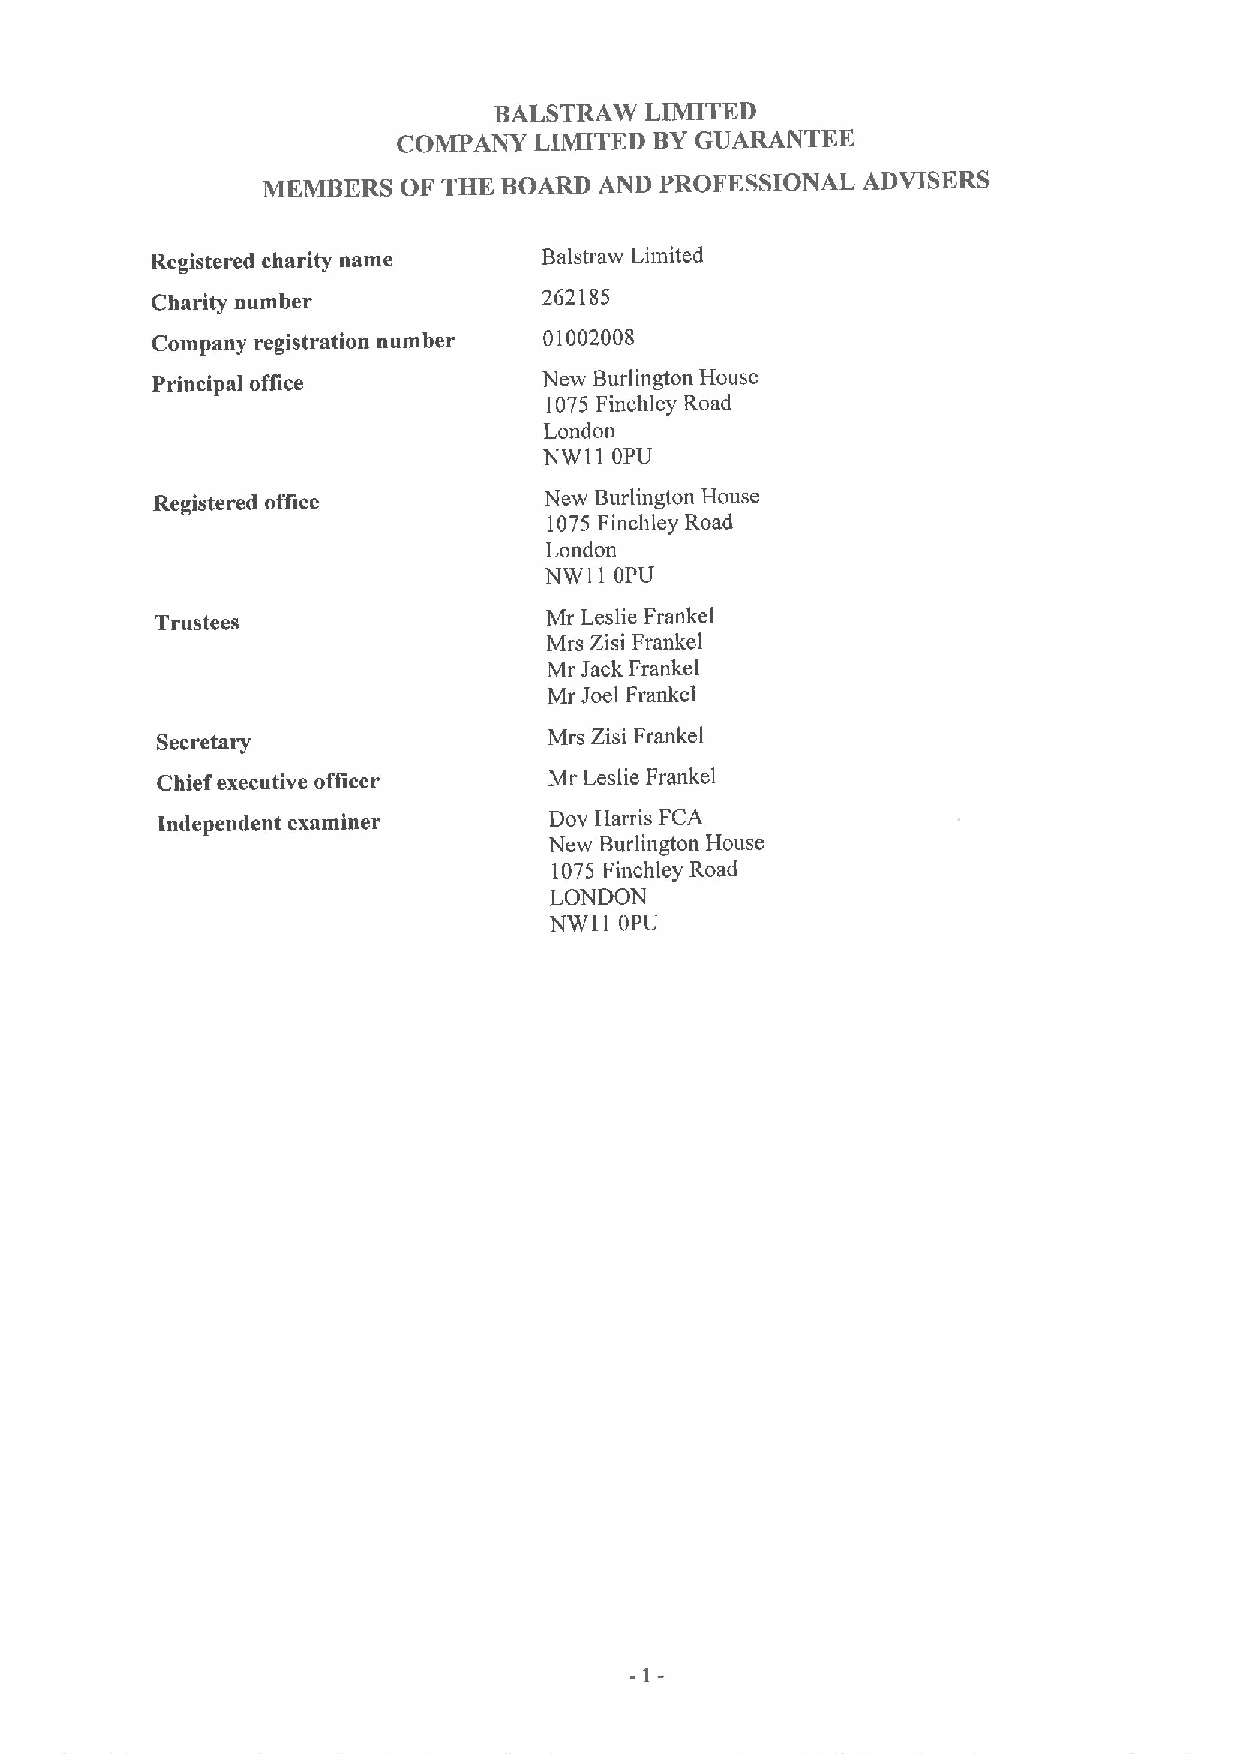
BALSTRAW  LIMITED
 COMPANY  LIMITED BYGUARANTEE
 MEMBERS   OF THE BOARD AND PROFESSIONAL ADVISERS
 Registered charity name   Balstraw Limited
 Charity number            262185
 Company registration number 01002008
 Principal office          New Burlington House
 1075Finchley Road
 London
 NW11 OPU
 Registered office         New Burlington House
 1075 Finchley Road
 London
 NW11 OPU
 Trustees                  Mr Leslie Frankel
 Mrs Zisi Frankel
 Mr Jack Frankel
 Mr Joel Frankel
 Secretary                 Mrs Zisi Frankel
 Chief executive officer   Mr Leslie Frankel
 Independent examiner      Dov Harris FCA
 New Burlington House
 1075 Finchley Road
 LONDON
 NW11 OPU